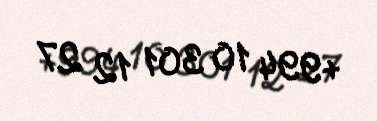
+994 10 301 12 27